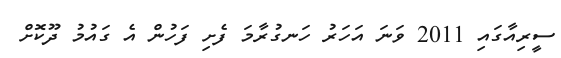
ސީރިއާގައި 2011 ވަނަ އަހަރު ހަނގުރާމަ ފެށި ފަހުން އެ ގައުމު ދޫކޮށް